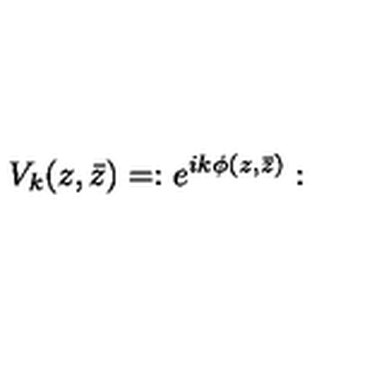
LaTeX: V _ { k } ( z , \bar { z } ) = : e ^ { i k \phi ( z , \bar { z } ) } :